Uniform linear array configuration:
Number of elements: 16
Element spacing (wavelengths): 0.5
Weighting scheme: exponential
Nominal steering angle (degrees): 60
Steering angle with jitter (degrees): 61.68
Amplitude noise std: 0.05
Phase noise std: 0.05

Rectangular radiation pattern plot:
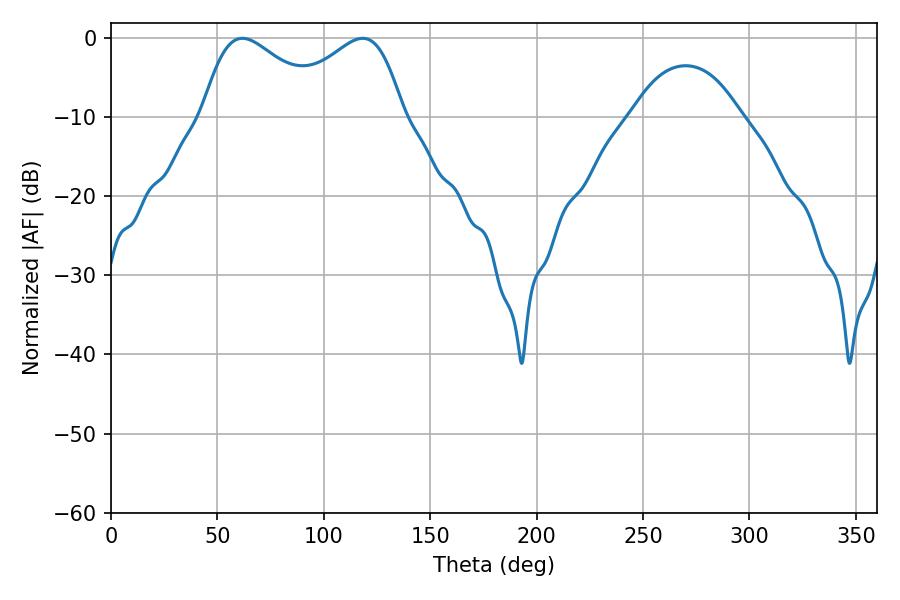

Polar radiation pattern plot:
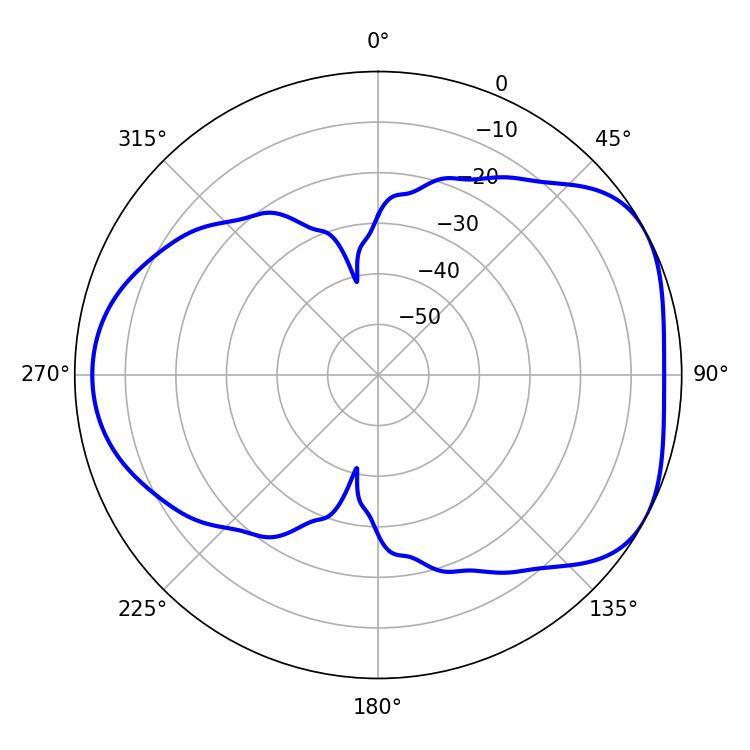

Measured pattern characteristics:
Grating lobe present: FALSE
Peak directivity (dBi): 4.736
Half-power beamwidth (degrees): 31.68
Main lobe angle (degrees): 61.74